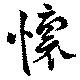
懐